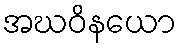
အဃဝိနယော